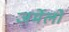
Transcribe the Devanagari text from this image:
जर्मेलो